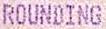
ROUNDING